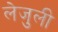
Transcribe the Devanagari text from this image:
लेजुली